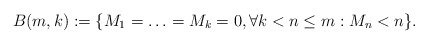
\begin{align*} B(m,k):= \{M_1=\ldots=M_{k}=0, \forall k<n\leq m: M_n<n\}. \end{align*}